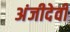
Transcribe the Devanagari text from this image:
अंजीदेवी